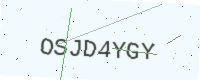
Text: OSJD4YGY